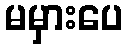
မမှားပေ